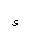
Letter: _waw